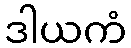
ဒါယကံ